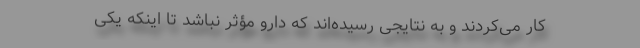
کار می‌کردند و به نتایجی رسیده‌اند که دارو مؤثر نباشد تا اینکه یکی